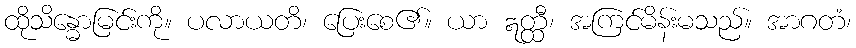
ထိုသိန္ဓောမြင်းကို။ ပလာယတိ၊ ပြေးစေ၏။ ယာ ဣတ္ထီ၊ အကြင်မိန်းမသည်။ အာဂတံ၊